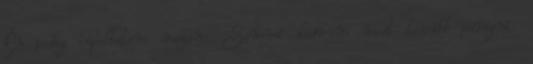
Én pedig cipeltetem magam. Semmi kedvem most tovább pörögni.